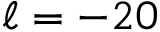
\ell = - 2 0